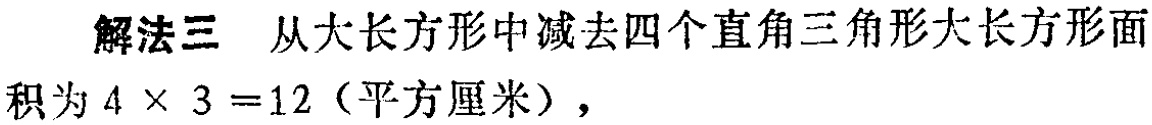
解法三 从大长方形中减去四个直角三角形大长方形面积为 \(4\times 3 = 12\)（平方厘米），